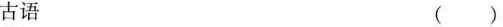
古语 ()